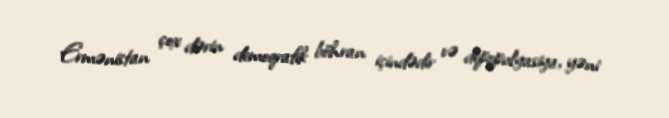
Ermənistan çox dərin demoqrafik böhran içindədir və depopulyasiya, yəni